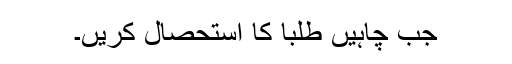
جب چاہیں طلبا کا استحصال کریں۔